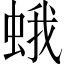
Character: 蛾